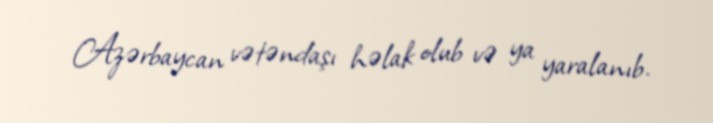
Azərbaycan vətəndaşı həlak olub və ya yaralanıb.